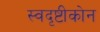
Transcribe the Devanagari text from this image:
स्वदृष्टीकोन